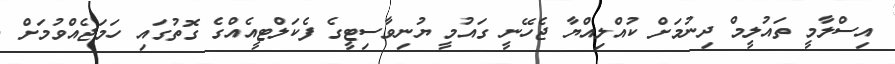
އިސްލާމީ ތައުލީމް ދިނުމަށް ކުއްލިއްޔާ ޖެހޭނީ ގައުމީ ޔުނިވާސިޓީގެ ފެކަލްޓީއެއްގެ ގޮތުގައި ހަމަޖެއްވުމަށް